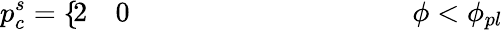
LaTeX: p_{c}^{s}=\left\{ \begin{array}{ll}{\! \begin{array}{rl}{{2}}&{{}0\quad\quad\quad\quad\quad\quad\quad\quad\quad\quad\phi<\phi_{pl}}\end{array}}\end{array}\right.